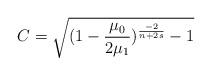
LaTeX: \begin{align*}C=\sqrt{ (1-\frac{\mu_0}{2\mu_1})^{\frac{-2}{n+2s}}-1}\end{align*}